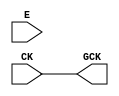
module OPENROAD_CLKGATE (CK, E, GCK);
  input CK;
  input E;
  output GCK;

`ifdef OPENROAD_CLKGATE

sky130_fd_sc_hd__dlclkp_1 latch (.CLK (CK), .GATE(E), .GCLK(GCK));

`else

assign GCK = CK;

`endif

endmodule